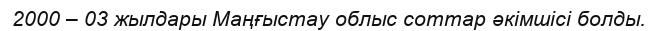
2000 – 03 жылдары Маңғыстау облыс соттар әкімшісі болды.